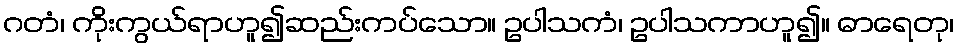
ဂတံ၊ ကိုးကွယ်ရာဟူ၍ဆည်းကပ်သော။ ဥပါသကံ၊ ဥပါသကာဟူ၍။ ဓာရေတု၊